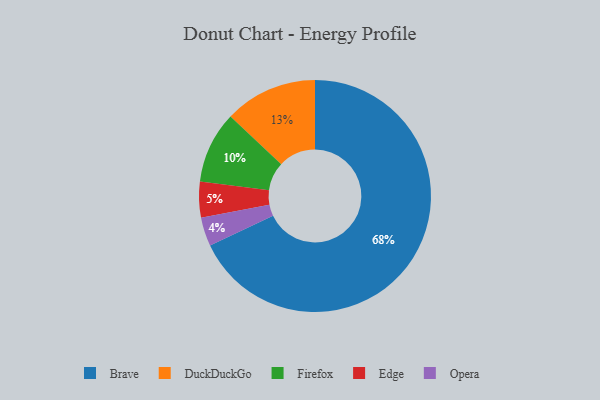
{"axis": {"x": "Category", "y": "Percentage"}, "legend": ["Brave", "DuckDuckGo", "Edge", "Firefox", "Opera"], "data": [{"x": "Firefox", "y": 10, "type": "Firefox"}, {"x": "Edge", "y": 5, "type": "Edge"}, {"x": "Opera", "y": 4, "type": "Opera"}, {"x": "DuckDuckGo", "y": 13, "type": "DuckDuckGo"}, {"x": "Brave", "y": 68, "type": "Brave"}]}